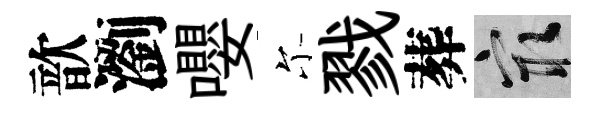
歆瀏嚶尓戮葬冣